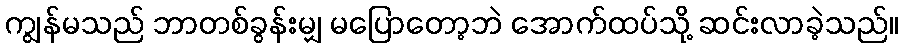
ကျွန်မသည် ဘာတစ်ခွန်းမျှ မပြောတော့ဘဲ အောက်ထပ်သို့ ဆင်းလာခဲ့သည်။